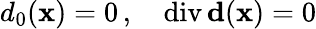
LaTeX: d_{0}(\mathbf{x})=0\, ,\quad\mathrm{{div}}\, {\mathbf{d}}(\mathbf{x})=0